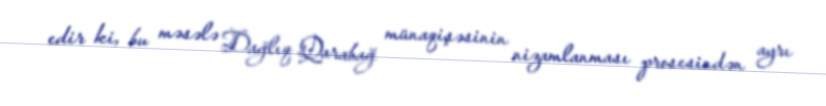
edir ki, bu məsələ Dağlıq Qarabağ münaqişəsinin nizamlanması prosesindən ayrı